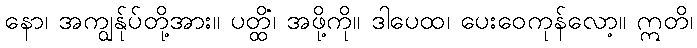
နော၊ အကျွန်ုပ်တို့အား။ ပတ္ထိံ၊ အဖို့ကို။ ဒါပေထ၊ ပေးဝေကုန်လော့။ ဣတိ၊